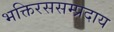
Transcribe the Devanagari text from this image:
भक्तिरससम्प्रदाय